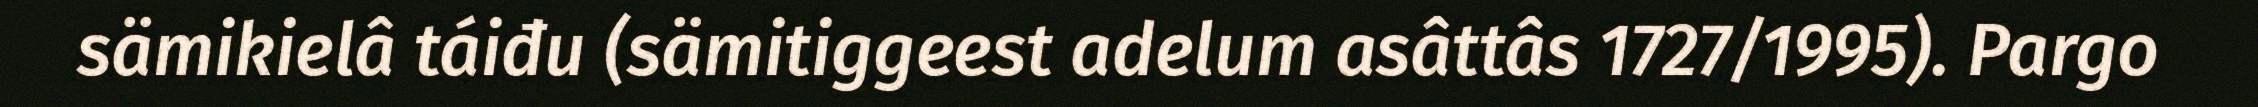
sämikielâ táiđu (sämitiggeest adelum asâttâs 1727/1995). Pargo